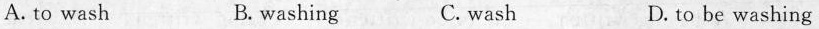
A. to wash B. washing C. wash D. to be washing